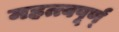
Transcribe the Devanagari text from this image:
महत्त्वपूर्ण्